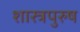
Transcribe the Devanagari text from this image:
शास्त्रपुरुष